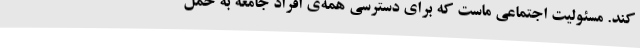
کند. مسئولیت اجتماعی ماست که برای دسترسی همه‌ی افراد جامعه به حمل